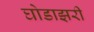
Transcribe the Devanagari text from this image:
घोडाझरी